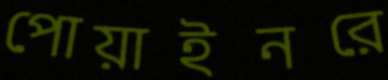
পোয়াইনরে